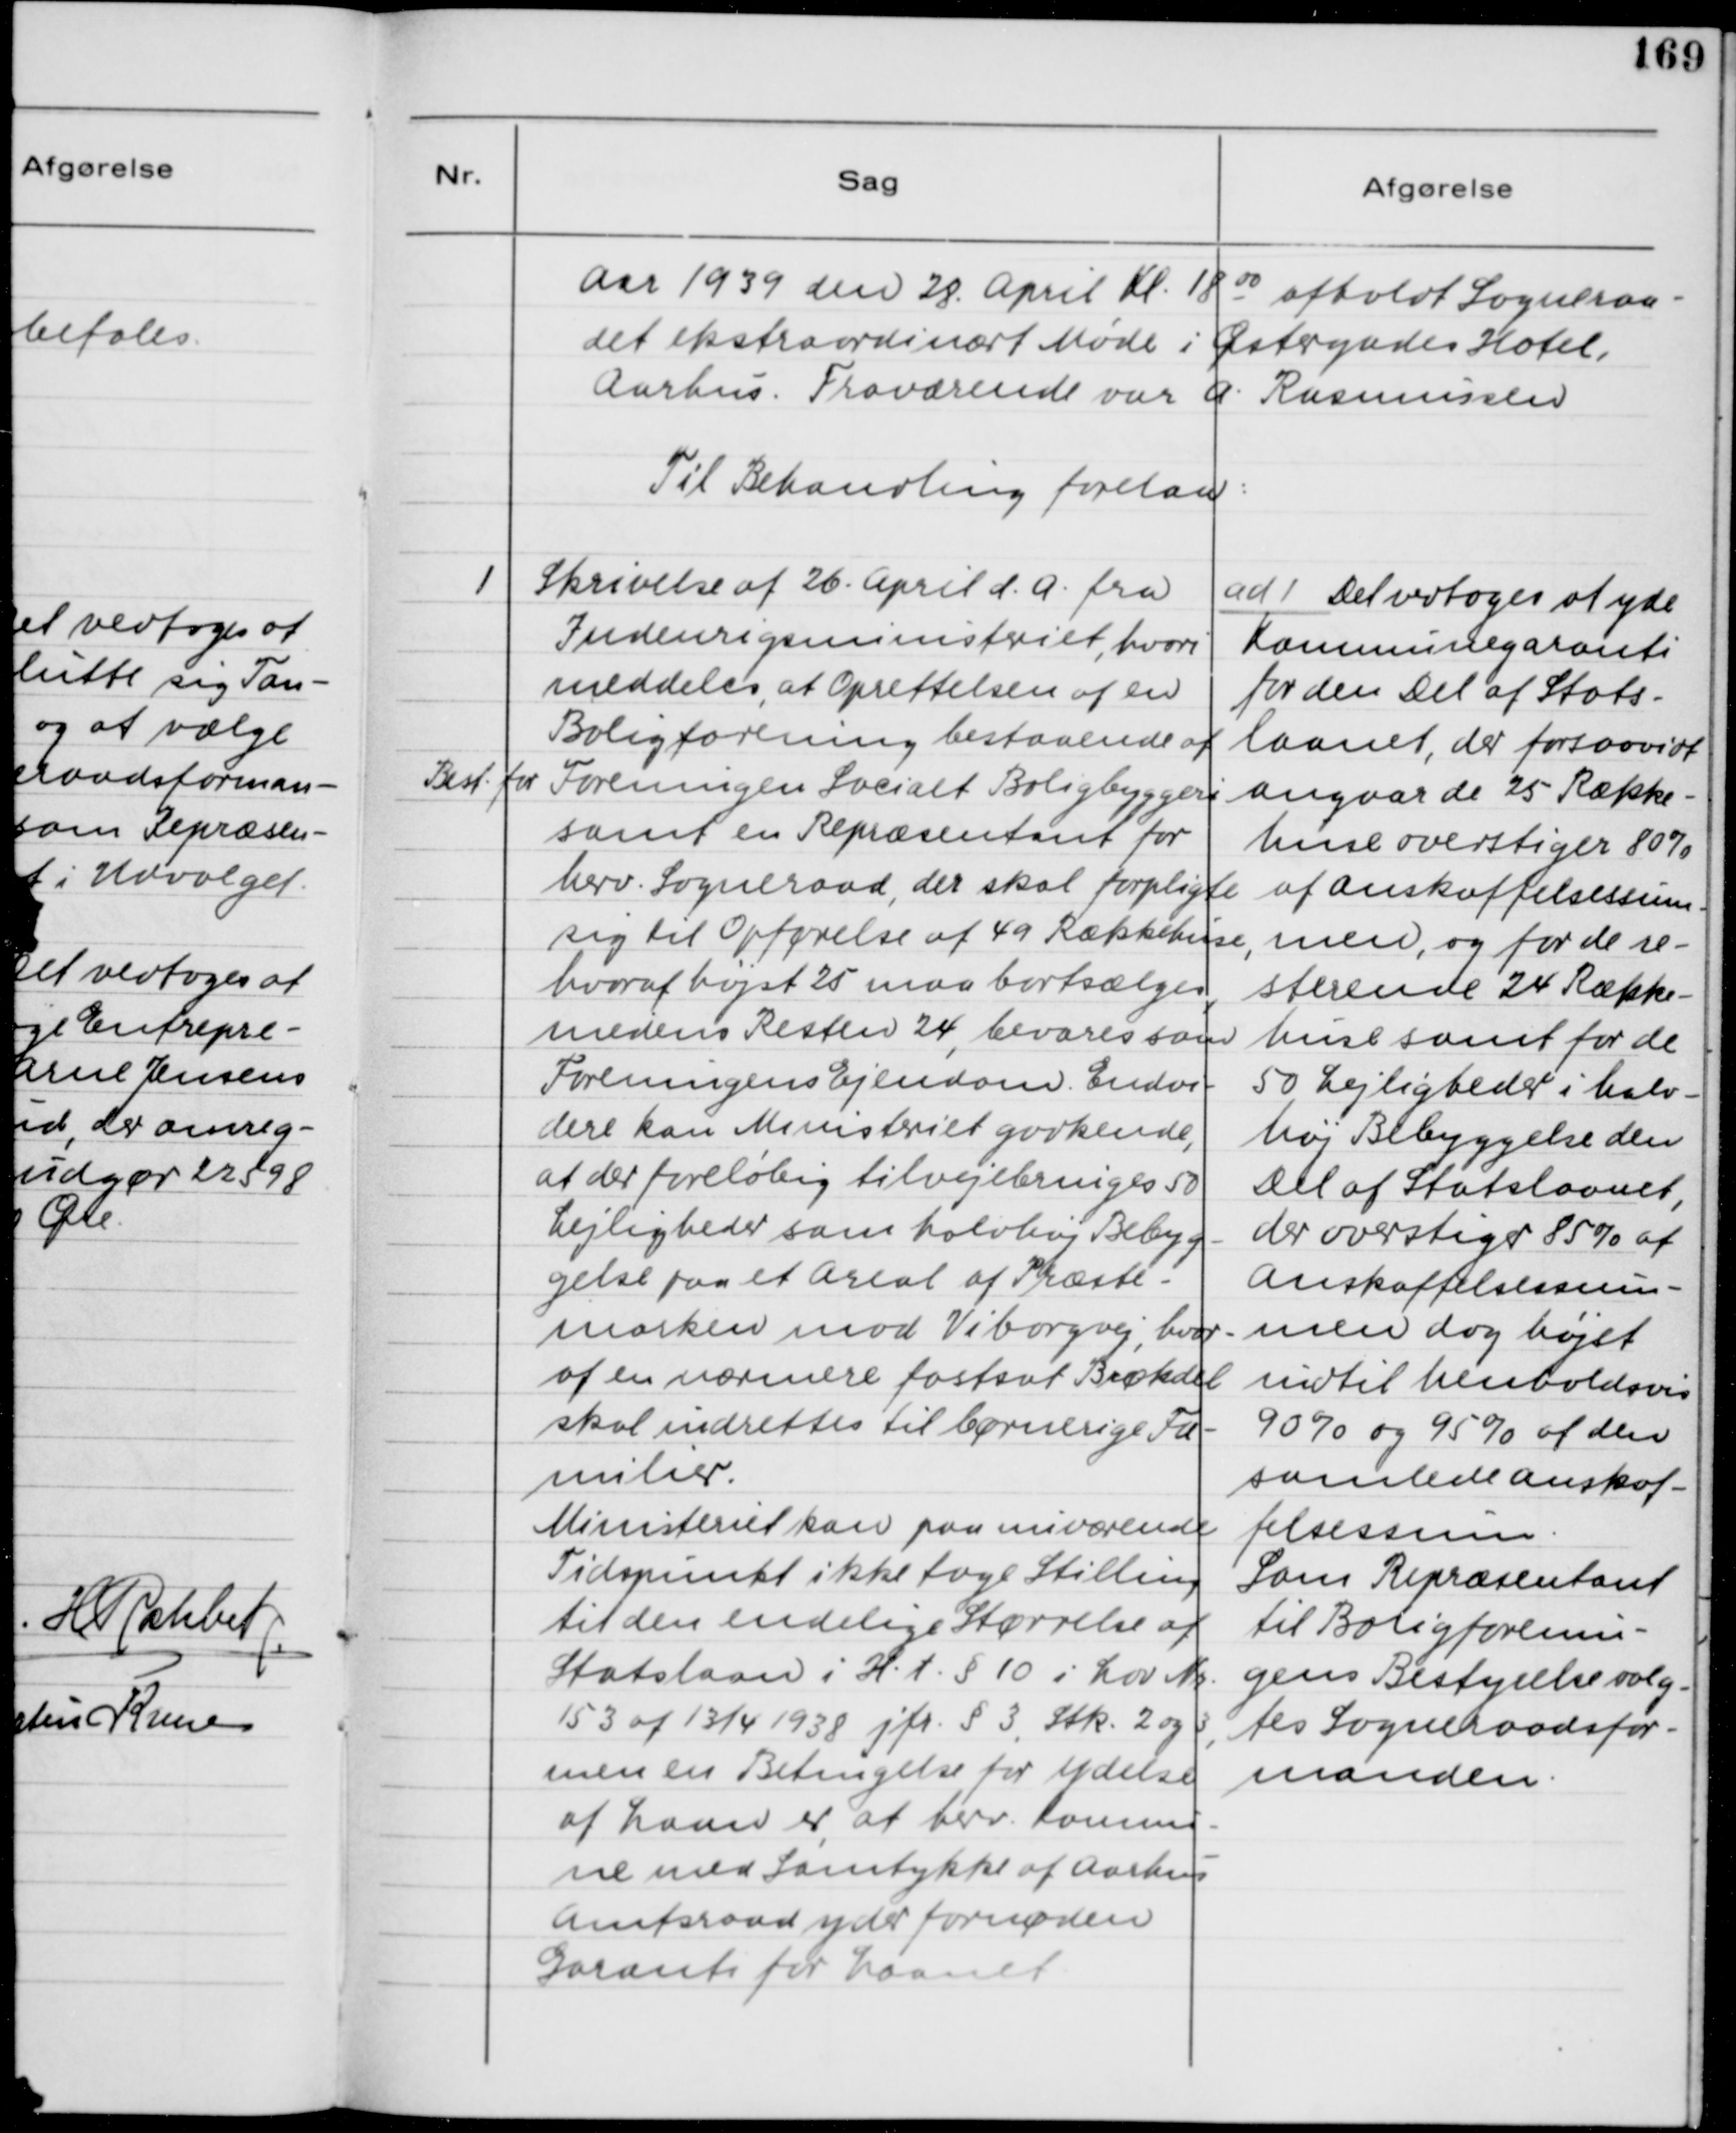
Transskription:
Aar 1939 den 28. April Kl. 18 00 afholdt Sogneraa-
det ekstraordinært Møde i Østergades Hotel,
Aarhus. Fraværende var A. Rasmussen.
Til Behandling forelaa:

1
Skrivelse af 26. April d.A. fra
Indenrigsministeriet, hvori
meddeles, at Oprettelsen af en
Boligforening bestaaende af
Best. for Foreningen Socialt Boligbyggeri
samt en Repræsentant for
hverv. Sogneraad, der skal forpligte
sig til Opførelse af 49 Rækkehuse,
hvoraf højst 25 maa bortsælges,
medens Resten 24, bevares som
Foreningens Ejendom. Endvi-
dere kan Ministeriet godkende,
at der foreløbig tilvejebringes 50
Lejligheder som halvhøj Bebyg-
gelse paa et Areal af Præste-
marken mod Viborgvej, hvor-
af en nærmere fastsat Brøkdel
skal indrettes til børnerige Fa-
milier.
Ministeriet kan paa nuværende
Tidspunkt ikke tage Stilling
til den endelige Størrelse af
Statslaan i H.t. §10 i Lov Nr.
153 af 13/4 1938 jfr. § 3, Stk. 2 og 3,
men en Betingelse for Ydelse
af Laan er, at hver Kommu-
ne med Samtykke af Aarhus
Amtsraad yder fornøden
Garanti for Laanet.

ad 1. Det vedtoges at yde
Kommunegaranti
for den Del af Stats-
laanet, der forsaavidt
angaar de 25 Række-
huse overstiger 80%
af Anskaffelsessum-
men, og for de re-
sterende 24 Række-
huse samt for de
50 Lejligheder i halv-
høj Bebyggelse den
Del af Statslaanet,
der overstiger 85% af
Anskaffelsessum-
men dog højst
indtil henholdsvis
90% og 95% af den
samlede Anskaf-
felsessum.
Som Repræsentant
til Boligforenin-
gens Bestyrelse valg-
tes Sogneraadsfor-
manden.